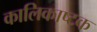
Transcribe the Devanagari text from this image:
कालिकाष्टक